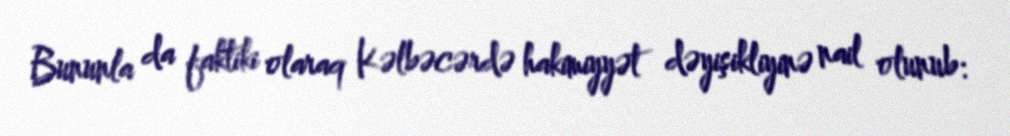
Bununla da faktiki olaraq Kəlbəcərdə hakimiyyət dəyişikliyinə nail olunub: